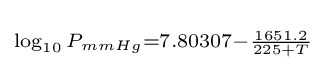
\scriptstyle \log _{10}P_{mmHg}=7.80307-{\frac {1651.2}{225+T}}